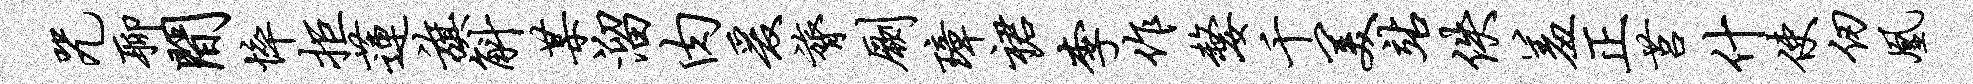
咒聊间悴拒莲旗斛某溜肉爰膂劂璋裙李作嫠千美站佚羞正莒什使仞凰